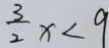
\frac { 3 } { 2 } x < 9